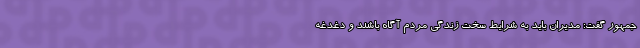
جمهور گفت: مدیران باید به شرایط سخت زندگی مردم آگاه باشند و دغدغه